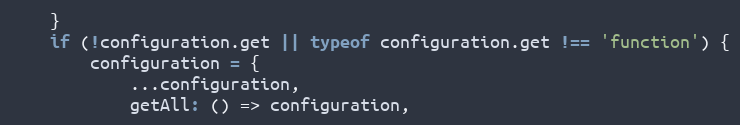
Language: JavaScript
    }
    if (!configuration.get || typeof configuration.get !== 'function') {
        configuration = {
            ...configuration,
            getAll: () => configuration,